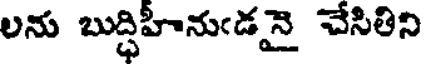
లను బుద్ధిహీనుఁడనై చేసితిని